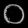
Digit: ၀